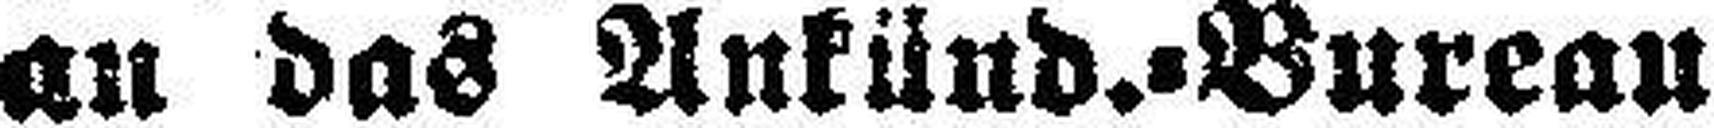
an das Ankünd.=Bureau